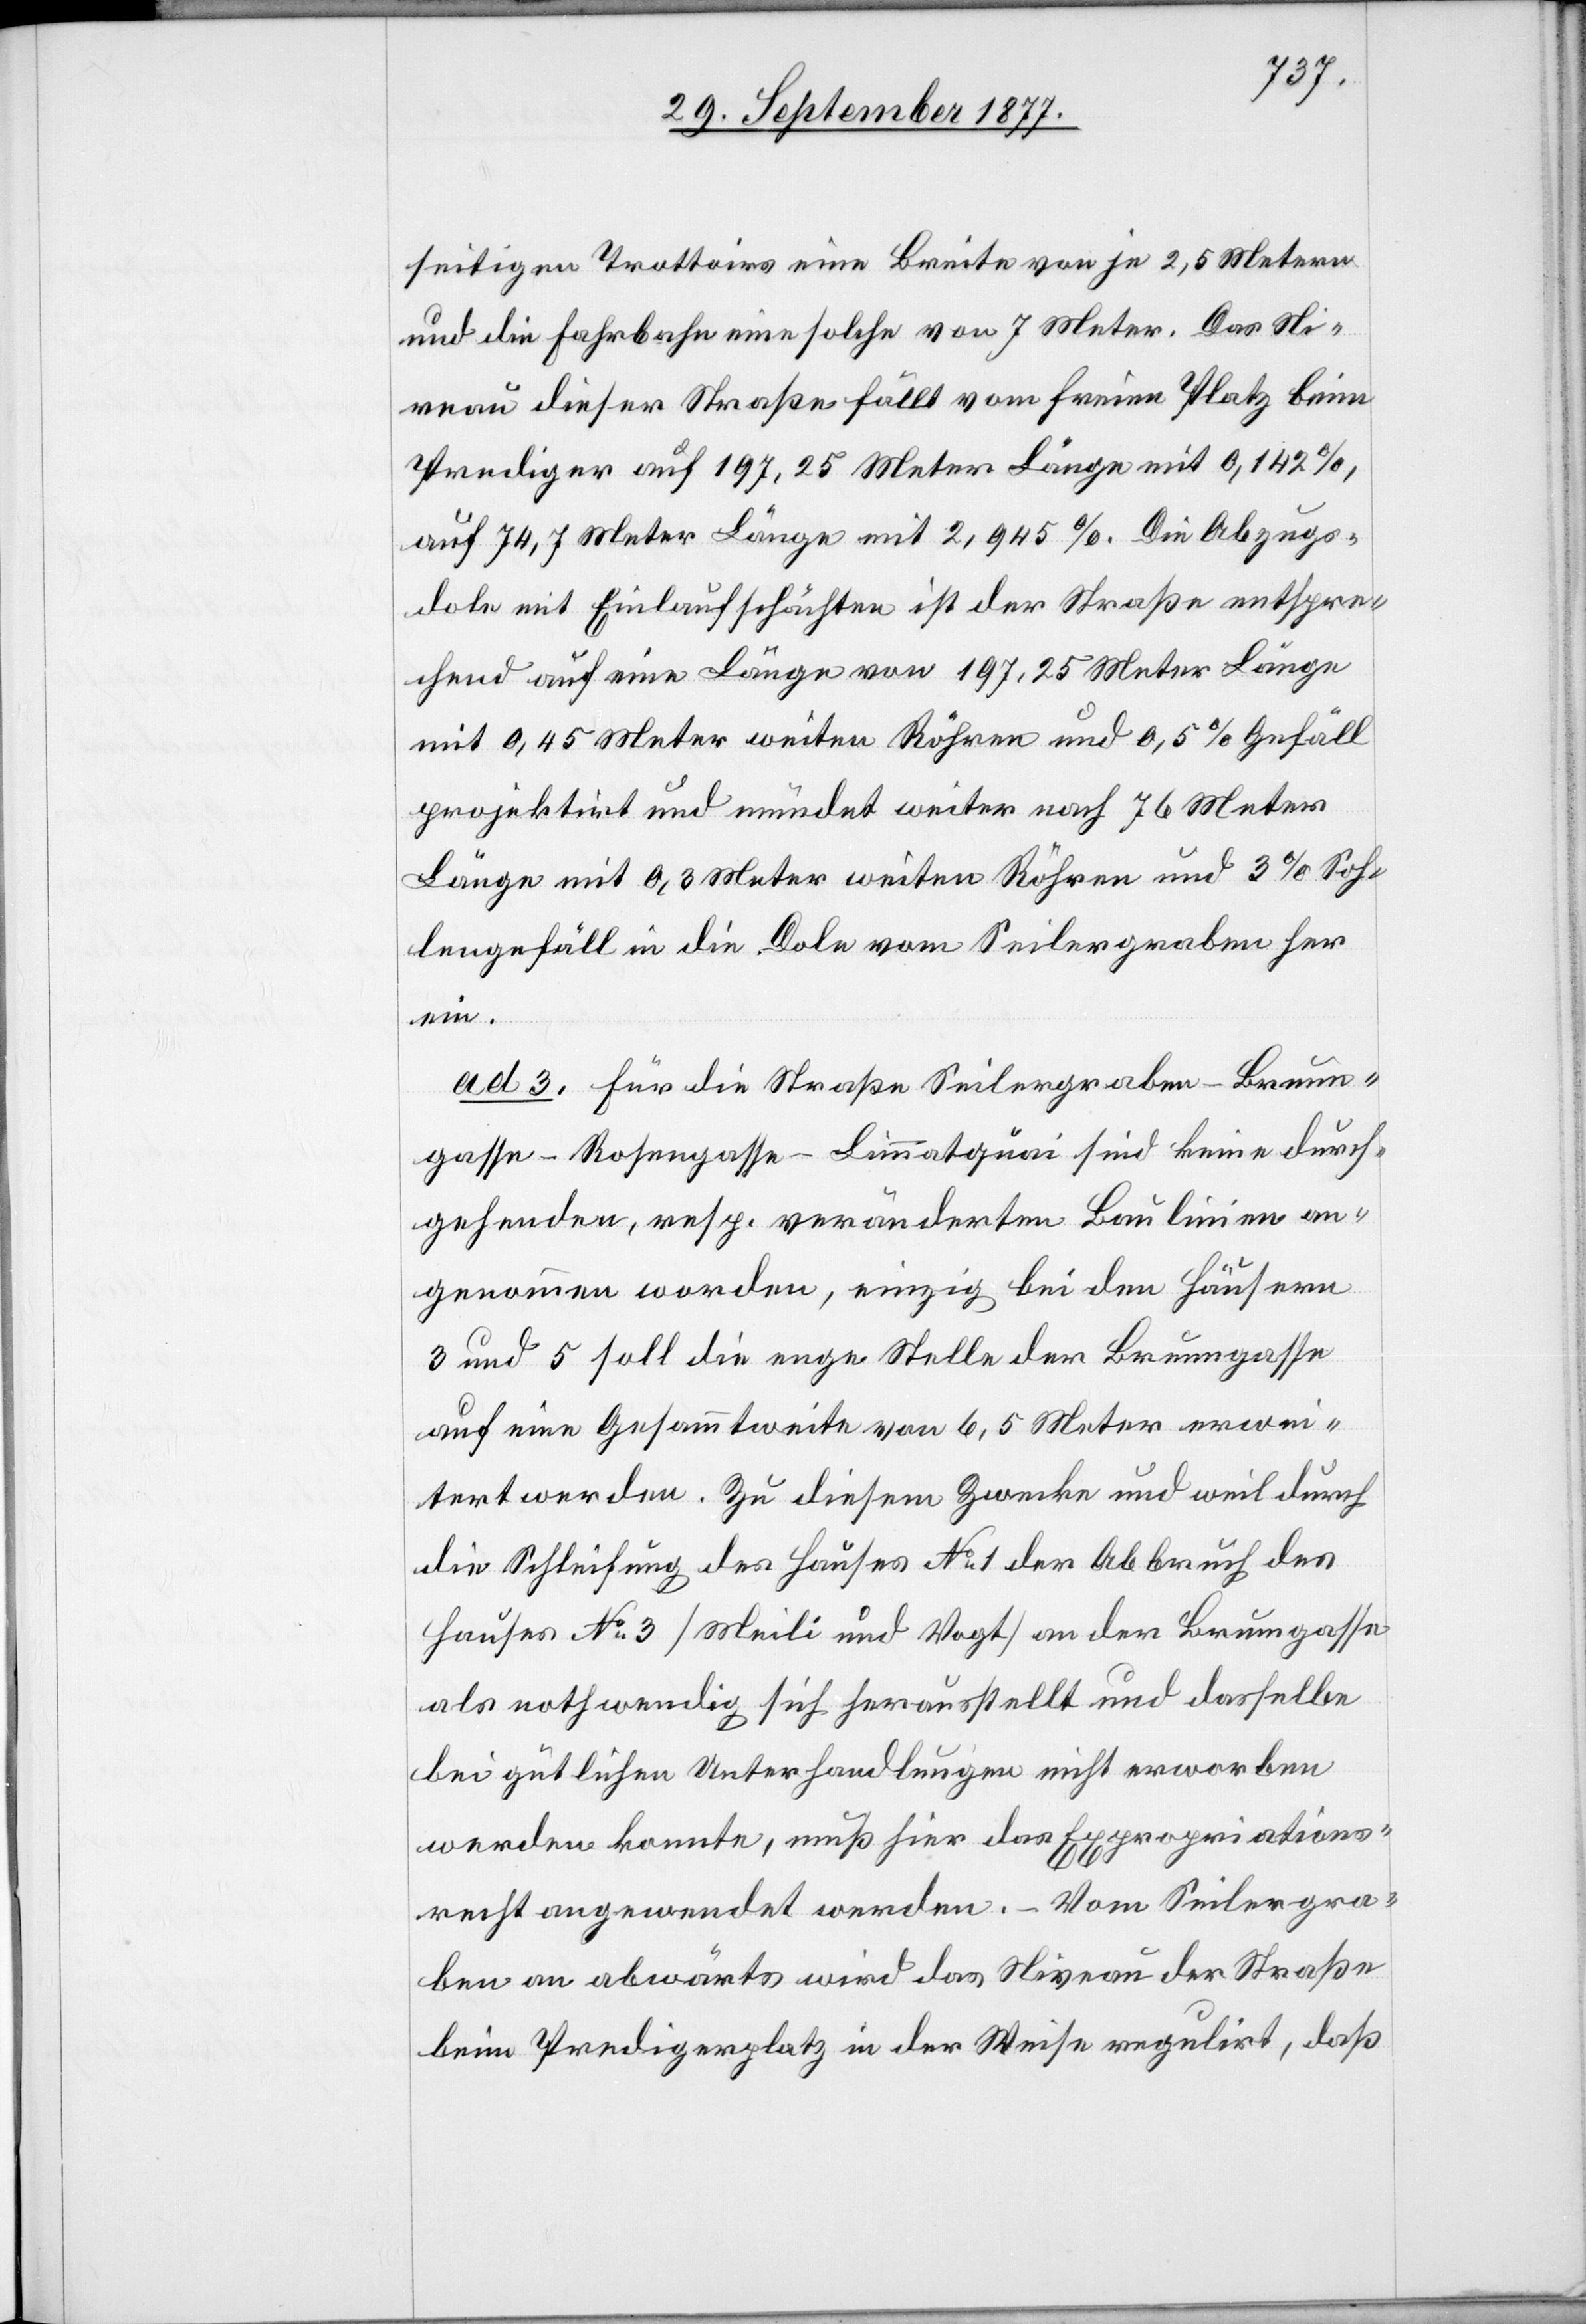
seitigen Trottoirs eine Breite von je 2,5 Metern
und die Fahrbahn eine solche von 7 Meter. Das Ni¬
veau dieser Straße fällt vom freien Platz beim
Prediger auf 197,25 Meter Länge mit 0,142 %,
auf 74,7 Meter Länge mit 2,945 %. Die Abzugs¬
dole mit Einlaufschächten ist der Straße entspre¬
chend auf eine Länge von 197,25 Meter Länge
mit 0,45 Meter weiten Röhren und 0,5 % Gefäll
projektirt und mündet weiter nach 76 Meter
Länge mit 0,3 Meter weiten Röhren und 3 % Soh¬
lengefäll in die Dole vom Seilergraben her
ein.
ad 3. Für die Straße Seilergraben–Brunn¬
gasse–Rosengasse–Limmatquai sind keine durch¬
gehenden, resp. veränderten Baulinien an¬
genommen worden, einzig bei den Häusern
3 und 5 soll die enge Stelle der Brunngasse
auf eine Gesammtweite von 6,5 Meter erwei¬
tert werden. Zu diesem Zwecke und weil durch
die Schleifung des Hauses No 1 der Abbruch des
Hauses No 3 [Meili und Vogt] an der Brumgasse
als nothwendig sich herausstellt und dasselbe
bei gütlichen Unterhandlungen nicht erworben
werden konnte, muß hier das Expropriations¬
recht angewendet werden. – Vom Seilergra¬
ben an abwärts wird das Niveau der Straße
beim Predigerplatz in der Weise regulirt, daß